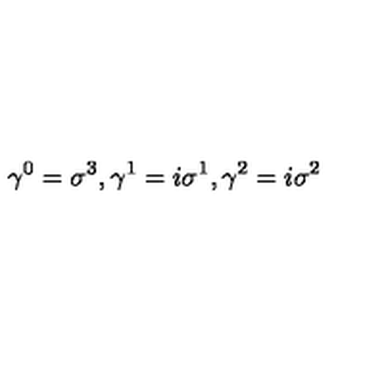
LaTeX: { \gamma } ^ { 0 } = { \sigma } ^ { 3 } , { \gamma } ^ { 1 } = i { \sigma } ^ { 1 } , { \gamma } ^ { 2 } = i { \sigma } ^ { 2 }